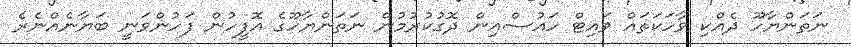
ނަތަންޔާހޫ ދެއްކި ވާހަކަތައް ވައިޓް ހައުސްއިން ދޮގުކުރުމުން ނަތަންޔާހޫގެ އޮފީހުން ފަހުންވަނީ ބަޔާނެއްނެރެ